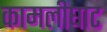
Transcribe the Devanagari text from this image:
कामलीघाट